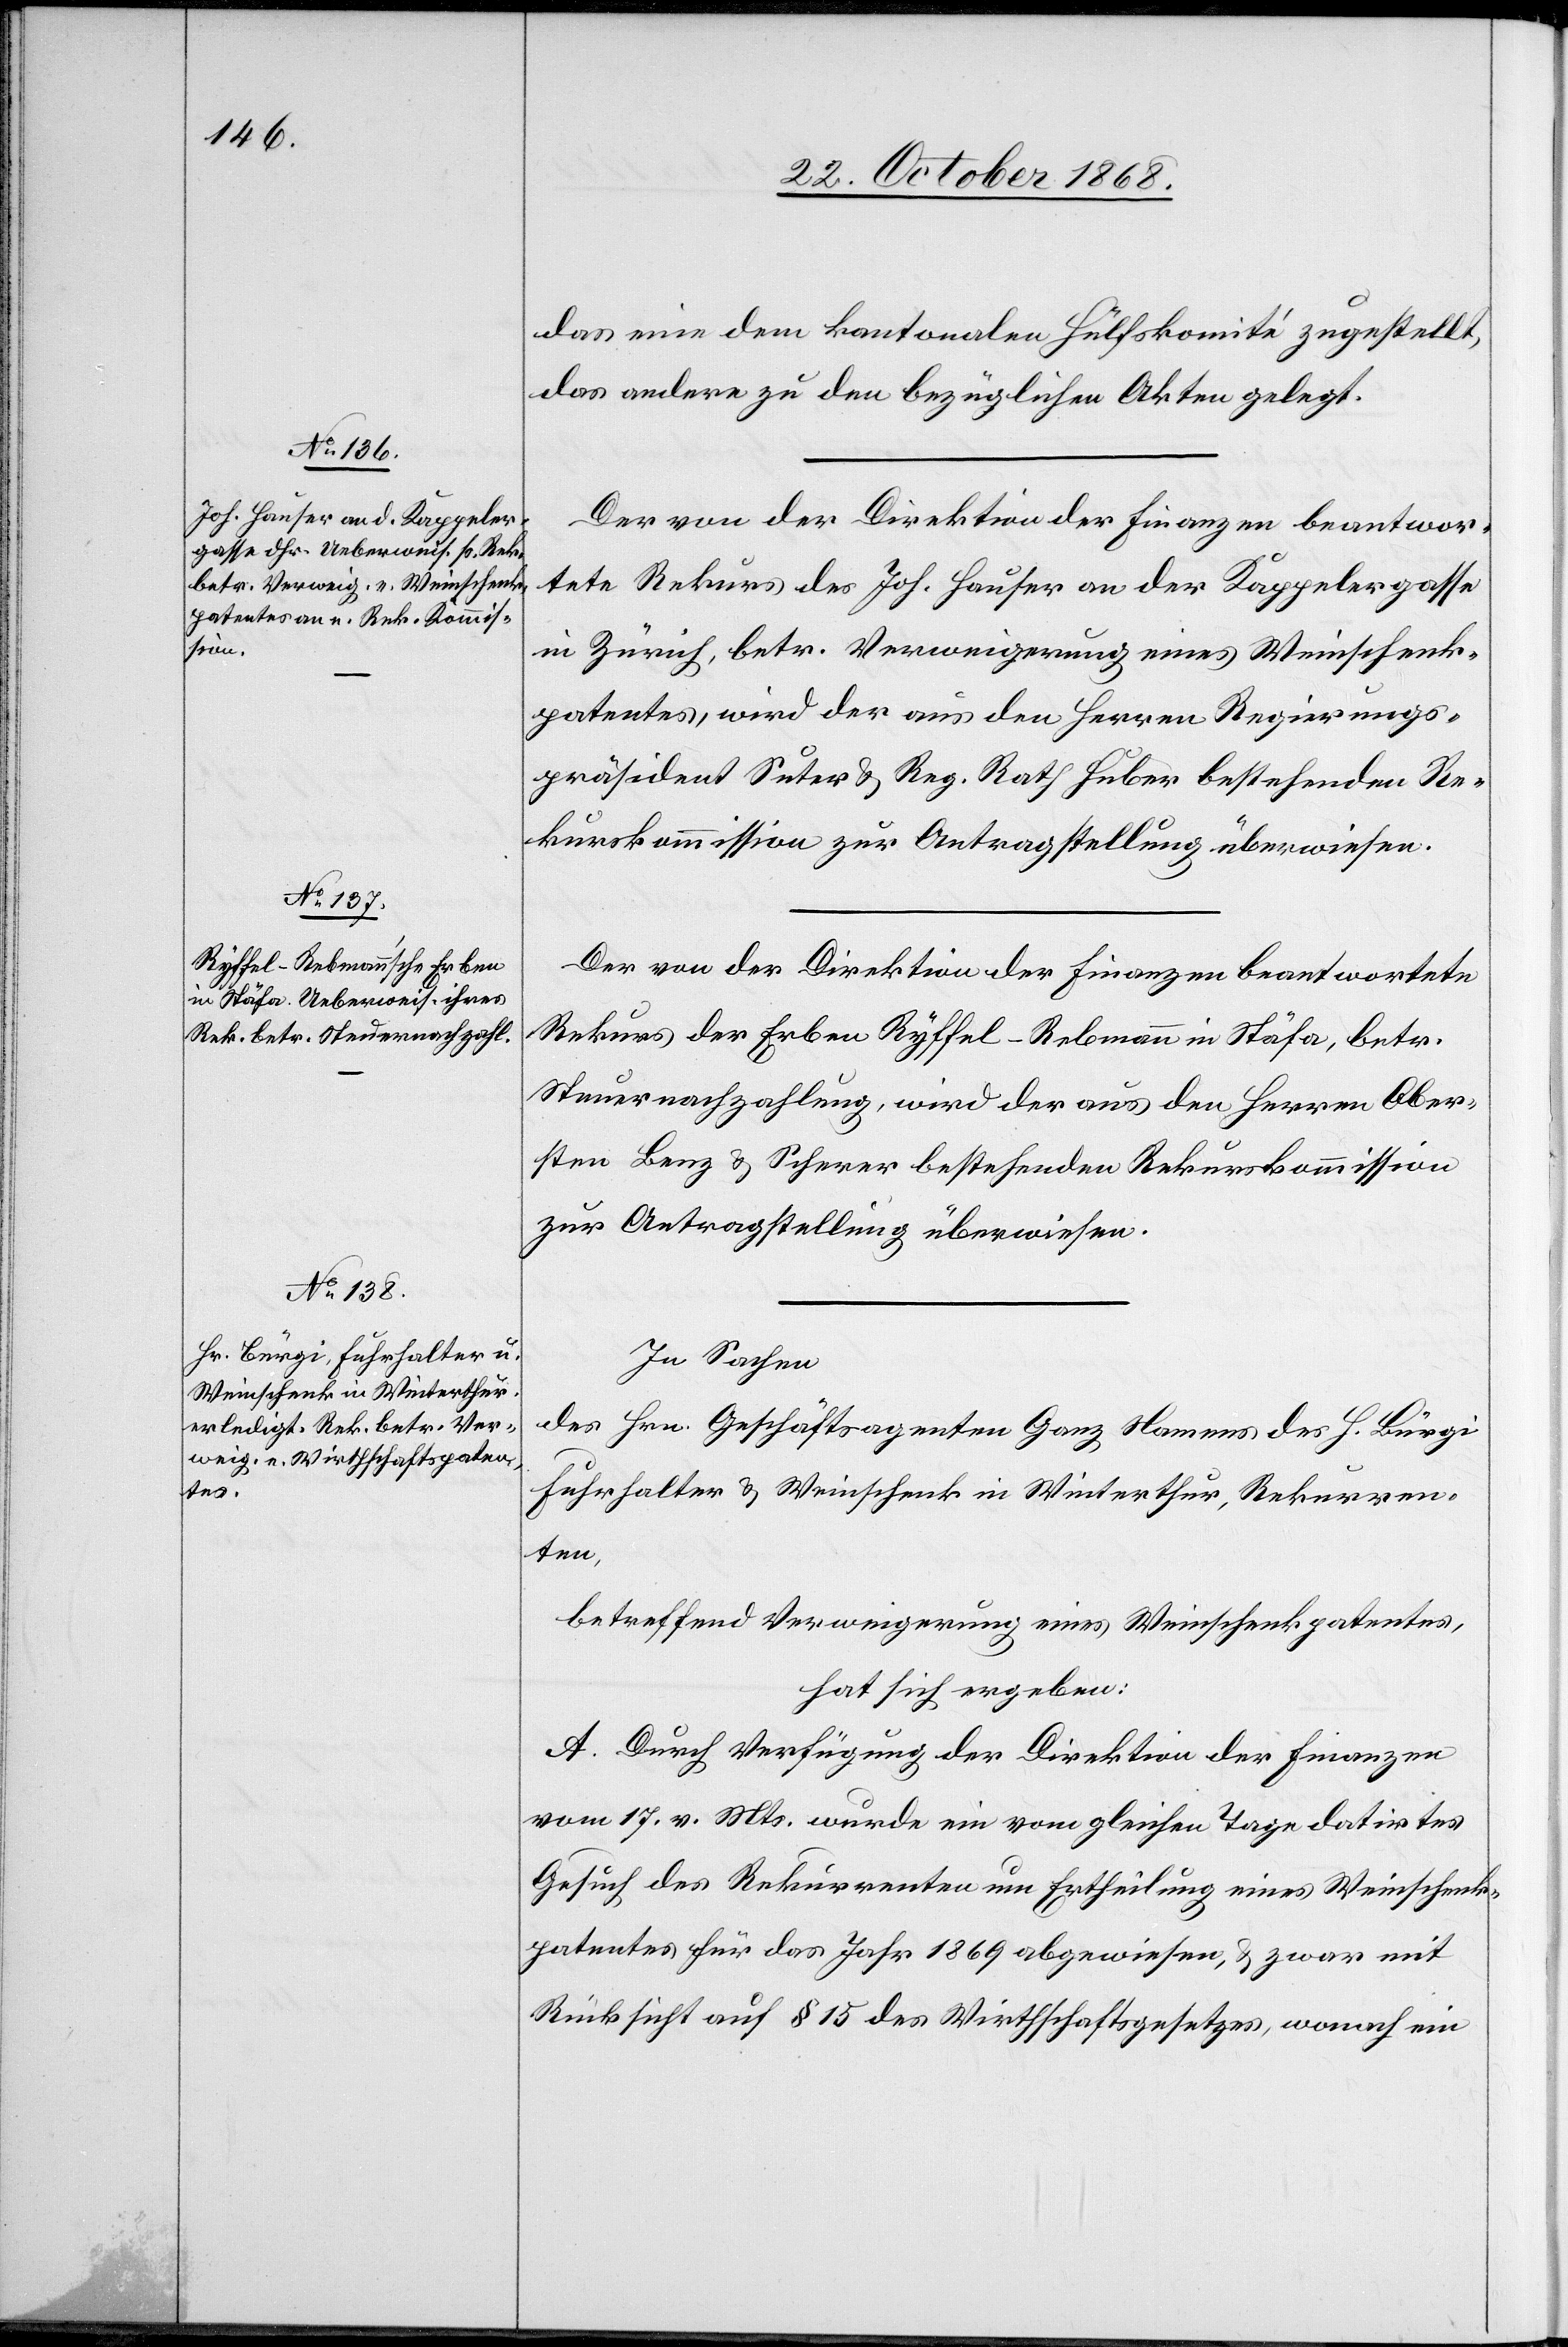
das eine dem kantonalen Hülfskomité zugestellt,
das andere zu den bezüglichen Akten gelegt.
Der von der Direktion der Finanzen beantwor¬
tete Rekurs des Joh. Hauser an der Kappelergasse
in Zürich, betr. Verweigerung eines Weinschenk¬
patentes, wird der aus den Herren Regierungs¬
präsident Suter & Reg. Rath Huber bestehenden Re¬
kurskommission zur Antragstellung überwiesen.
Der von der Direktion der Finanzen beantwortete
Rekurs der Erben Ryffel-Rebmann in Stäfa, betr.
Steuernachzahlung, wird der aus den Herren Ober¬
sten Benz & Scherer bestehenden Rekurskommission
zur Antragstellung überwiesen.
In Sachen
des Hrn. Geschäftsagenten Ganz Namens des H. Bürgi
Fuhrhalter & Weinschenk in Winterthur, Rekurren¬
ten,
betreffend Verweigerung eines Weinschenkpatentes,
hat sich ergeben:
A. Durch Verfügung der Direktion der Finanzen
vom 17. v. Mts. wurde ein vom gleichen Tage datirtes
Gesuch des Rekurrenten um Ertheilung eines Weinschenk¬
patentes für das Jahr 1869 abgewiesen, & zwar mit
Rücksicht auf § 15 des Wirthschaftsgesetzes, wonach ein